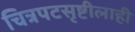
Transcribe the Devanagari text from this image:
चित्रपटसृष्टीलाही